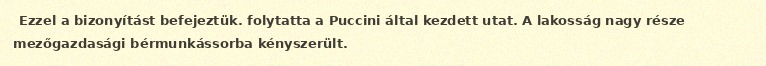
Ezzel a bizonyítást befejeztük. folytatta a Puccini által kezdett utat. A lakosság nagy része mezőgazdasági bérmunkássorba kényszerült.